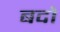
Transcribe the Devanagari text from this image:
बदो